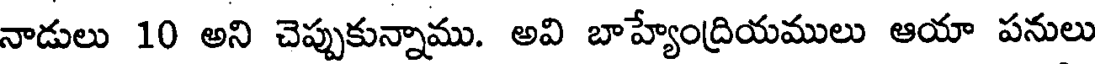
నాడులు 10 అని చెప్పుకున్నాము. అవి బాహ్యేంద్రియములు ఆయా పనులు